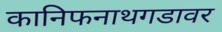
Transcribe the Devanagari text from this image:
कानिफनाथगडावर